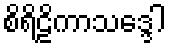
စိရိဠိကာသဒ္ဒေါ